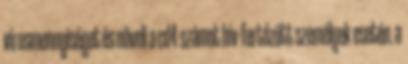
vírusmennyiséget és növeli a cd4-számot hiv-fertőzött személyek esetén. a